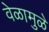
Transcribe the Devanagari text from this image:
वेळामुळे